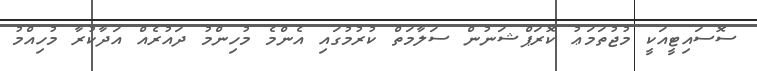
ސޮސައިޓީއަކީ މުޖުތަމަޢު ކޮރަޕްޝަނުން ސަލާމަތް ކުރުމުގައި އެންމެ މުހިންމު ދައުރެއް އަދާކުރާ މުހިއްމު